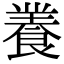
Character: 𮨽